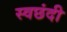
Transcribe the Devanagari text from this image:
स्वछंदी